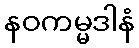
နဝကမ္မဒါနံ